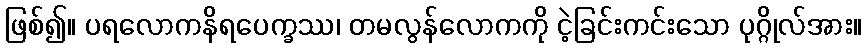
ဖြစ်၍။ ပရလောကနိရပေက္ခဿ၊ တမလွန်လောကကို ငဲ့ခြင်းကင်းသော ပုဂ္ဂိုလ်အား။